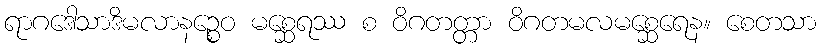
ရာဂဒေါသာဒိမလာနဉ္စေဝ မစ္ဆေရဿ စ ဝိဂတတ္တာ ဝိဂတမလမစ္ဆေရေန။ စေတသာ